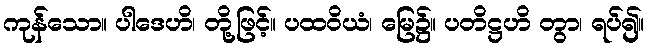
ကုန်သော။ ပါဒေဟိ၊ တို့ဖြင့်။ ပထဝိယံ၊ မြေ၌။ ပတိဋ္ဌဟိ တွာ၊ ရပ်၍။